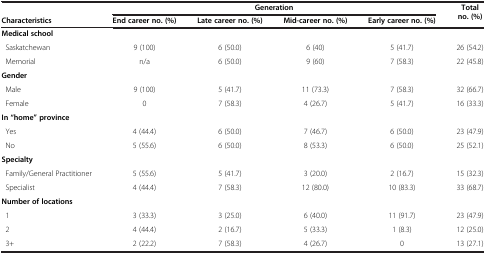
<table><thead><tr><td><b> </b></td><td colspan="4"><b>Generation</b></td><td><b>Total no. (%)</b></td></tr><tr><td><b>Characteristics</b></td><td><b>End career no. (%)</b></td><td><b>Late career no. (%)</b></td><td><b>Mid-career no. (%)</b></td><td><b>Early career no. (%)</b></td><td><b> </b></td></tr></thead><tbody><tr><td><b>Medical school</b></td><td> </td><td> </td><td> </td><td> </td><td> </td></tr><tr><td> Saskatchewan</td><td>9 (100)</td><td>6 (50.0)</td><td>6 (40)</td><td>5 (41.7)</td><td>26 (54.2)</td></tr><tr><td> Memorial</td><td>n/a</td><td>6 (50.0)</td><td>9 (60)</td><td>7 (58.3)</td><td>22 (45.8)</td></tr><tr><td><b>Gender</b></td><td> </td><td> </td><td> </td><td> </td><td> </td></tr><tr><td> Male</td><td>9 (100)</td><td>5 (41.7)</td><td>11 (73.3)</td><td>7 (58.3)</td><td>32 (66.7)</td></tr><tr><td> Female</td><td>0</td><td>7 (58.3)</td><td>4 (26.7)</td><td>5 (41.7)</td><td>16 (33.3)</td></tr><tr><td><b>In “home” province</b></td><td> </td><td> </td><td> </td><td> </td><td> </td></tr><tr><td> Yes</td><td>4 (44.4)</td><td>6 (50.0)</td><td>7 (46.7)</td><td>6 (50.0)</td><td>23 (47.9)</td></tr><tr><td> No</td><td>5 (55.6)</td><td>6 (50.0)</td><td>8 (53.3)</td><td>6 (50.0)</td><td>25 (52.1)</td></tr><tr><td><b>Specialty</b></td><td> </td><td> </td><td> </td><td> </td><td> </td></tr><tr><td> Family/General Practitioner</td><td>5 (55.6)</td><td>5 (41.7)</td><td>3 (20.0)</td><td>2 (16.7)</td><td>15 (32.3)</td></tr><tr><td> Specialist</td><td>4 (44.4)</td><td>7 (58.3)</td><td>12 (80.0)</td><td>10 (83.3)</td><td>33 (68.7)</td></tr><tr><td><b>Number of locations</b></td><td> </td><td> </td><td> </td><td> </td><td> </td></tr><tr><td> 1</td><td>3 (33.3)</td><td>3 (25.0)</td><td>6 (40.0)</td><td>11 (91.7)</td><td>23 (47.9)</td></tr><tr><td> 2</td><td>4 (44.4)</td><td>2 (16.7)</td><td>5 (33.3)</td><td>1 (8.3)</td><td>12 (25.0)</td></tr><tr><td> 3+</td><td>2 (22.2)</td><td>7 (58.3)</td><td>4 (26.7)</td><td>0</td><td>13 (27.1)</td></tr></tbody></table>